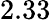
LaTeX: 2.33